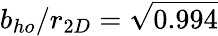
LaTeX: b_{ho}/r_{2D}=\sqrt{0.994}